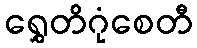
ရွှေတိဂုံစေတီ